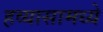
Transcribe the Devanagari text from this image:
हव्यासामध्ये